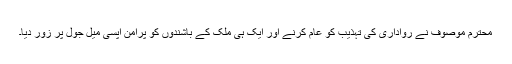
محترم موصوف نے رواداری کی تہذیب کو عام کرنے اور ایک ہی ملک کے باشندوں کو پُرامن آپسی میل جول پر زور دیا۔